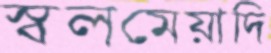
স্বলমেয়াদি